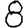
Digit: 8